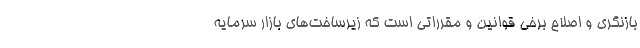
بازنگری و اصلاح برخی قوانین و مقرراتی است که زیرساخت‌های بازار سرمایه